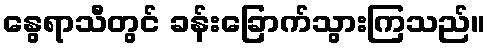
နွေရာသီတွင် ခန်းခြောက်သွားကြသည်။